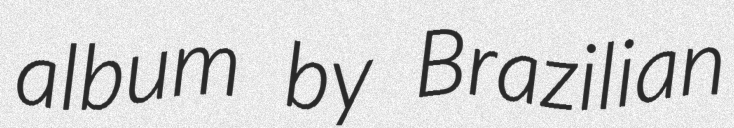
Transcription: album by Brazilian